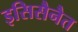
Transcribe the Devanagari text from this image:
इसिसैनैत